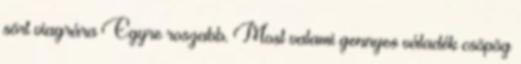
sört viagrára Egyre roszabb. Most valami gennyes váladék csöpög